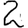
Digit: 2